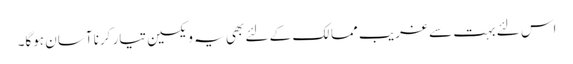
اس لئے بہت سے غریب ممالک کے لئے بھی یہ ویکسین تیار کرنا آسان ہوگا۔